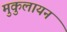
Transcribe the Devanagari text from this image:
मुकुलायन